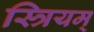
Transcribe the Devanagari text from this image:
स्त्रियम्